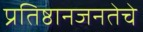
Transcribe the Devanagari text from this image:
प्रतिष्ठानजनतेचे